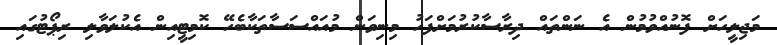
މަޖިލީހަށް ފޮނުއްވުމުން އެ ނަންތައް ދިރާސާކުރުމަށްފަހު މިނިވަން މުއައްސަސާތަކާބެހޭ ކޮމިޓީއިން އެކުލަވާލި ރިޕޯޓުގައި